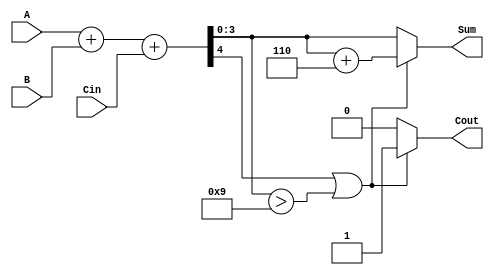
module BCD_Hybrid_Adder (
    input  wire [3:0] A,      // First BCD digit input
    input  wire [3:0] B,      // Second BCD digit input
    input  wire        Cin,    // Carry input
    output reg  [3:0] Sum,     // BCD sum output
    output reg        Cout      // Carry output
);

    // Intermediate sum
    wire [4:0] S; // 5-bit sum to accommodate carry
    assign S = A + B + Cin; // Binary addition

    always @(*) begin
        // Default output
        Sum = S[3:0]; // Take the lower 4 bits as the initial sum
        Cout = 1'b0;  // Default carry output

        // Check for BCD correction
        if (S[4] || (S[3:0] > 4'd9)) begin
            // If the sum is greater than 9, apply BCD correction
            Sum = Sum + 4'd6; // Add 6 for BCD correction
            Cout = 1'b1;      // Set carry out flag
        end
    end

endmodule